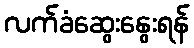
လက်ခံဆွေးနွေးရန်